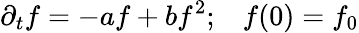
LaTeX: \partial_{t}f=-af+bf^{2};\; \; \; f(0)=f_{0}